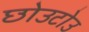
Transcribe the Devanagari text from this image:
छोउटोउ